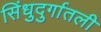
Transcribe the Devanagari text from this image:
सिंधुदुर्गातली